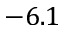
- 6 . 1